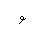
Letter: _waw